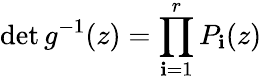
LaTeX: \operatorname*{det}g^{-1}(z)=\prod_{\mathbf{i}=1}^{r}P_{\mathbf{i}}(z)